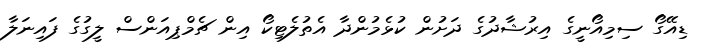
ޑިއޭގޯ ސިމިއޯނީގެ އިރުޝާދުގެ ދަށުން ކުޅެމުންދާ އެތުލެޓިކޯ އިން ޗެމްޕިއަންސް ލީގުގެ ފައިނަލާ